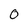
Character: 0